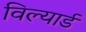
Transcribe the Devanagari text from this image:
विल्यार्ड